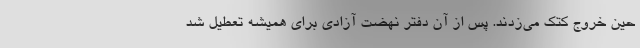
حین خروج کتک می‌زدند. پس از آن دفتر نهضت آزادی برای همیشه تعطیل شد